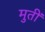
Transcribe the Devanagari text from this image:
मुतीं